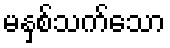
မနှစ်သက်သော